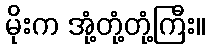
မိုးက အုံ့တုံ့တုံ့ကြီး။